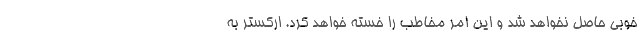
خوبی حاصل نخواهد شد و این امر مخاطب را خسته خواهد کرد. ارکستر به